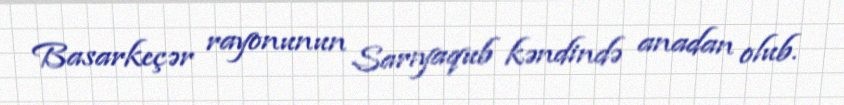
Basarkeçər rayonunun Sarıyaqub kəndində anadan olub.